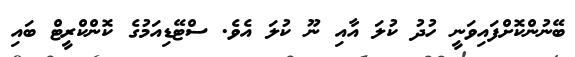
ބޭނުންކޮށްފައިވަނީ ހުދު ކުލަ އާއި ނޫ ކުލަ އެވެ. ސްޓޭޑިއަމުގެ ކޮންކްރީޓް ބައި